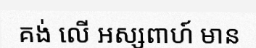
គង់ លើ អស្សពាហ៍ មាន